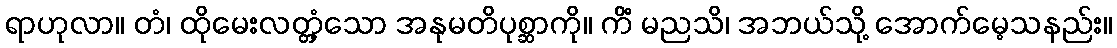
ရာဟုလာ။ တံ၊ ထိုမေးလတ္တံ့သော အနုမတိပုစ္ဆာကို။ ကိံ မညသိ၊ အဘယ်သို့ အောက်မေ့သနည်း။